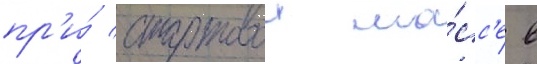
пр'и́ стартовои ма́сс'е в